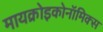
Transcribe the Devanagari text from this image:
मायक्रोइकोनॉमिक्स